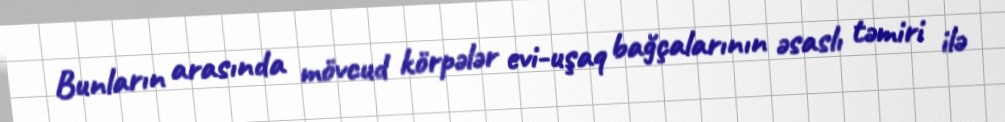
Bunların arasında mövcud körpələr evi-uşaq bağçalarının əsaslı təmiri ilə